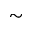
\sim